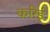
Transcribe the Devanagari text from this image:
करिई